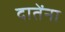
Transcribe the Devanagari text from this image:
दातेंना